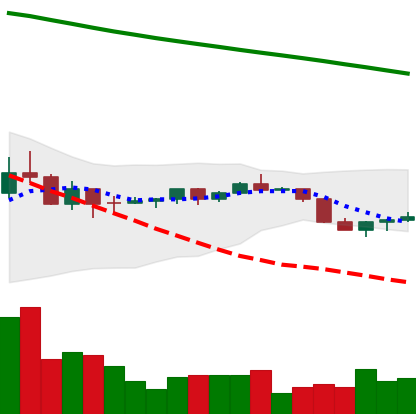
Ticker: DOGE-USD
Chart end date: 2022-07-15
Forward return: 11.227%
Label: up_7plus